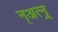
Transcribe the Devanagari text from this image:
न्अत्न्र्